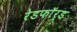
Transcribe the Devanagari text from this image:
रेडफाॅर्ड